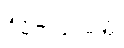
ဦမိဘယသုတ္တံ